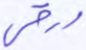
ورقي